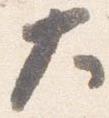
大